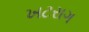
ખટરાગ